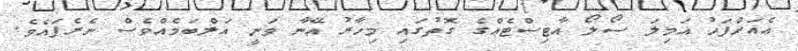
އެއަށްފަހު އަމިލަ ސޯލޯ އާޓިސްޓެއްގެ ގޮތުގައި މިހާރު އޭނާ ވަނީ އަލްބަމެއްވެސް ނެރެފައެވެ.